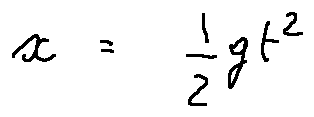
x = \frac { 1 } { 2 } g t ^ { 2 }